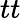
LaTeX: tt